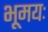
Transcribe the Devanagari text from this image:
भूमयः